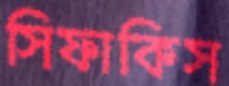
সিফাকিস